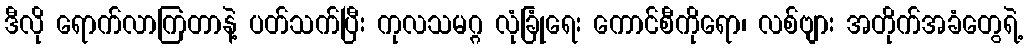
ဒီလို ရောက်လာကြတာနဲ့ ပတ်သက်ပြီး ကုလသမဂ္ဂ လုံခြုံရေး ကောင်စီကိုရော၊ လစ်ဗျား အတိုက်အခံတွေရဲ့